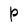
Character: P